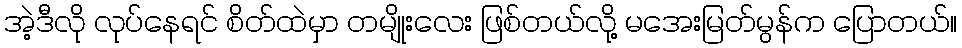
အဲ့ဒီလို လုပ်နေရင် စိတ်ထဲမှာ တမျိုးလေး ဖြစ်တယ်လို့ မအေးမြတ်မွန်က ပြောတယ်။